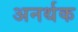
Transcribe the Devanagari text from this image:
अनर्थक